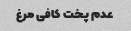
عدم پخت کافی مرغ